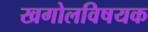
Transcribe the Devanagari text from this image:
खगोलविषयक